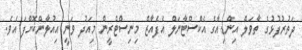
ދަތުރުފުޅުގެ ތާވަލް އިންޑިއާގެ އެކްސްޓާނަލް އެފެއާޒް މިނިސްޓްރީން މިއަދު ވަނީ އިއުލާންކޮށްފަ އެވެ.